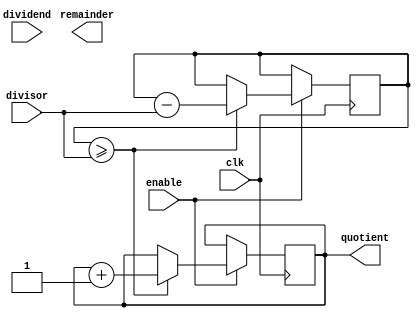
module BinaryDivider(
    input wire clk,
    input wire enable,
    input wire [7:0] dividend,
    input wire [7:0] divisor,
    output reg [7:0] quotient,
    output reg [7:0] remainder
);

reg [15:0] remaining;

always @(posedge clk) begin
    if(enable) begin
        if(remaining >= divisor) begin
            remaining <= remaining - divisor;
            quotient <= quotient + 1;
        end
    end
end

endmodule